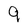
Character: 9